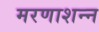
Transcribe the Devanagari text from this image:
मरणाशन्‍न